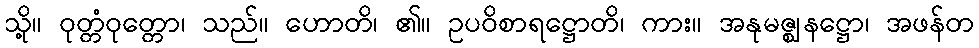
သို့။ ဝုတ္တံဝုတ္တော၊ သည်။ ဟောတိ၊ ၏။ ဥပဝိစာရဋ္ဌောတိ၊ ကား။ အနုမဇ္ဈနဋ္ဌော၊ အဖန်တ